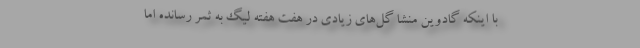
با اینکه گادوین منشا گل‌های زیادی در هفت هفته لیگ به ثمر رسانده اما